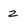
Character: z